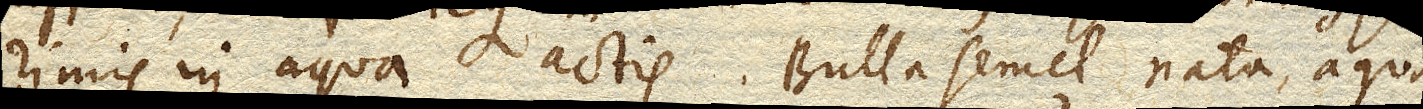
rimis in aqua actis. Bulla semel nata, aqua